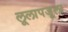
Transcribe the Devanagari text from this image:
लूलापजूला